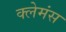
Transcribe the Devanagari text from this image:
क्लेमंस